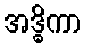
အဒ္ဓိကာ